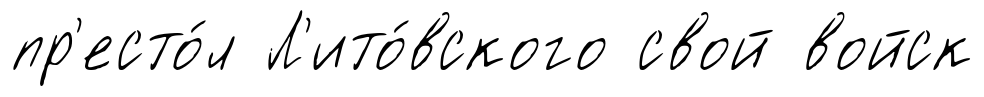
пр'есто́л Л'ито́вского свой войск